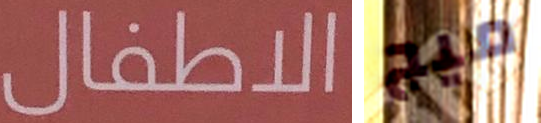
الاطفال ميج